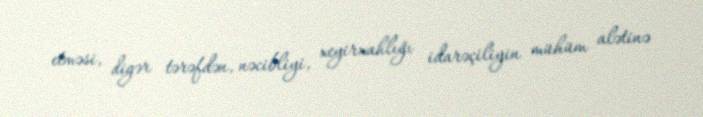
etməsi, digər tərəfdən, nəcibliyi, xeyirxahlığı idarəçiliyin mühüm alətinə